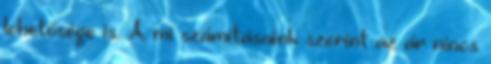
lehetősége is. A mi számításaink szerint az ár nincs